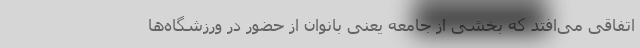
اتفاقی می‌افتد که بخشی از جامعه یعنی بانوان از حضور در ورزشگاه‌ها